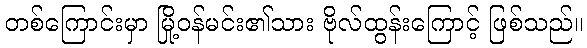
တစ်ကြောင်းမှာ မြို့ဝန်မင်း၏သား ဗိုလ်ထွန်းကြောင့် ဖြစ်သည်။